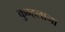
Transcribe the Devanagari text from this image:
कुम्हलाना